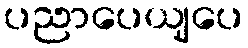
ပညာပေယျပေ